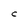
Character: C